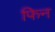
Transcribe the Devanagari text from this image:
फिन